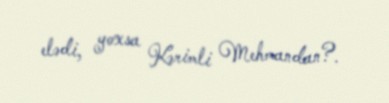
elədi, yoxsa Kərimli Mehmandan?.